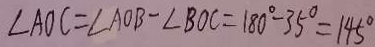
\angle A O C = \angle A O B - \angle B O C = 1 8 0 ^ { \circ } - 3 5 ^ { \circ } = 1 4 5 ^ { \circ }